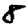
Digit: 8